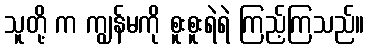
သူတို့ က ကျွန်မကို စူးစူးရဲရဲ ကြည့်ကြသည်။